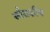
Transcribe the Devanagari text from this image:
सौराशीष